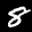
Label: 8